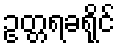
ဥတ္တရခရိုင်